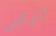
اتركنى